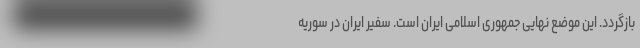
بازگردد. این موضع نهایی جمهوری اسلامی ایران است. سفیر ایران در سوریه